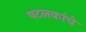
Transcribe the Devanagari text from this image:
षटलकांचे